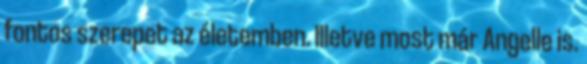
fontos szerepet az életemben. Illetve most már Angelle is.